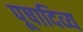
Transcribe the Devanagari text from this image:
पूषादिव्य